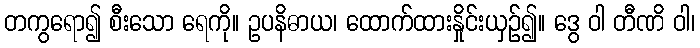
တကွရော၍ စီးသော ရေကို။ ဥပနိဓာယ၊ ထောက်ထားနှိုင်းယှဉ်၍။ ဒွေ ဝါ တီဏိ ဝါ၊